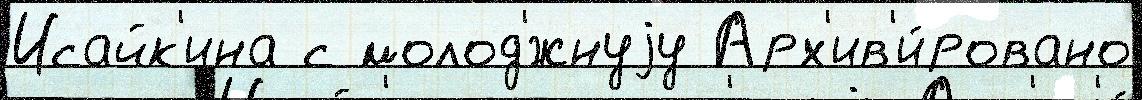
Исайк'ина с молод'́жнуjу Арх'ив'и́ровано